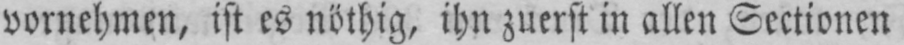
vornehmen, ist es nöthig, ihn zuerst in allen Sectionen